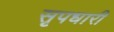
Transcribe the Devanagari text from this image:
सृपधारी